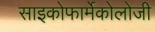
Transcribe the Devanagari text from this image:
साइकोफार्मेकोलोजी